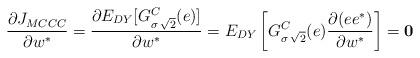
LaTeX: \begin{align*}\frac{\partial J_{MCCC} }{\partial w^{*}} = \frac{\partial E_{DY}[G^{C}_{\sigma\,\sqrt{2}}(e)] }{\partial w^{*}} = E_{DY} \left [ G^{C}_{\sigma\,\sqrt{2}}(e)\frac{\partial (ee^*) }{\partial w^{*}} \right ] = \textbf{0}\end{align*}